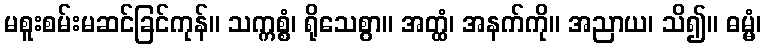
မစူးစမ်းမဆင်ခြင်ကုန်။ သက္ကစ္စံ၊ ရိုသေစွာ။ အတ္ထံ၊ အနက်ကို။ အညာယ၊ သိ၍။ ဓမ္မံ၊